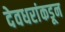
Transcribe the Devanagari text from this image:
देवधरांकडून